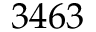
3 4 6 3